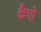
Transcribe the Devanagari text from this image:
कैपो